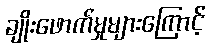
ချိုးဖောက်မှုများကြောင့်